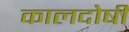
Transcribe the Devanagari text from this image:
कालदोषी